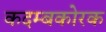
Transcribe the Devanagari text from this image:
कदम्बकोरक